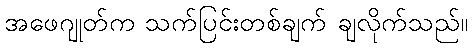
အဖေဂျုတ်က သက်ပြင်းတစ်ချက် ချလိုက်သည်။